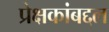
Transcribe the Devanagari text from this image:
प्रेक्षकांबद्दल